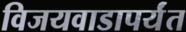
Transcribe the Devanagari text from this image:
विजयवाडापर्यंत